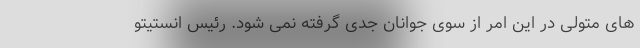
های متولی در این امر از سوی جوانان جدی گرفته نمی شود. رئیس انستیتو